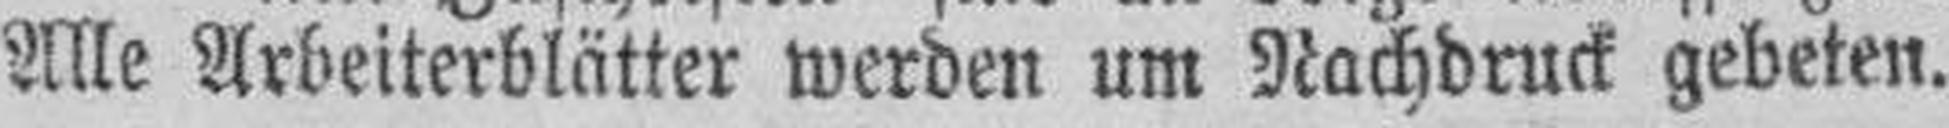
Alle Arbeiterblätter werden um Nachdruck gebeten.